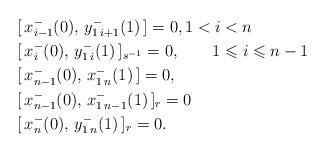
LaTeX: \begin{align*}&[\,x_{i-1}^-(0),\,y_{1\, i+1}^-(1)\,]=0, 1<i<n\\ &[\,x_{i}^-(0),\,y_{1\, i}^-(1)\,]_{s^{-1}}=0, \qquad1\leqslant i \leqslant n-1\\ &[\,x_{n-1}^-(0),\,x_{1\, n}^-(1)\,]=0,\\ &[\,x_{n-1}^-(0),\,x_{1\, n-1}^-(1)\,]_r=0\\ &[\,x_{n}^-(0),\,y_{1\, n}^-(1)\,]_r=0.\end{align*}